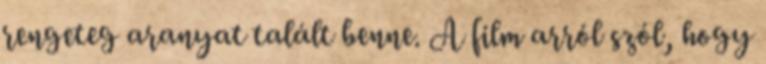
rengeteg aranyat talált benne. A film arról szól, hogy